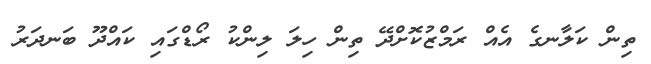
ތިން ކަލާނގެ އެއް ރަމްޒުކޮށްދޭ ތިން ހިލަ ލިންކު ރޯޑްގައި ކައްދޫ ބަނދަރު